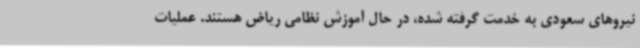
نیروهای سعودی به خدمت گرفته شده، در حال آموزش نظامی ریاض هستند. عملیات